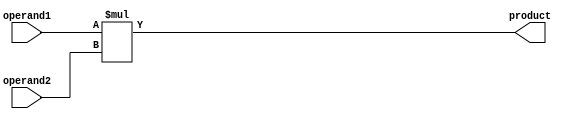
module fixed_point_multiplier (
  input wire signed [15:0] operand1,
  input wire signed [15:0] operand2,
  output wire signed [31:0] product
);

assign product = operand1 * operand2;

endmodule